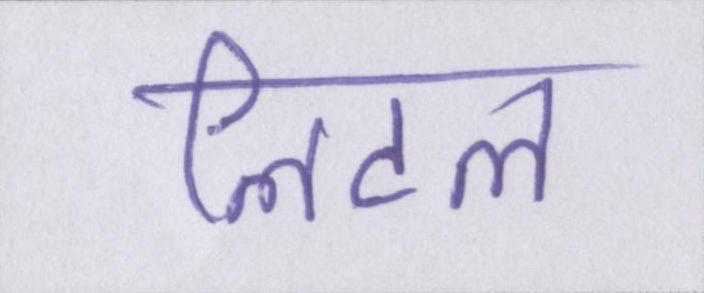
लिटल